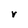
Character: r